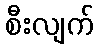
စီးလျက်